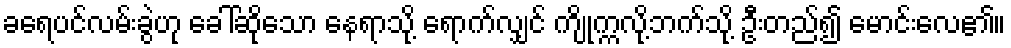
ခရေပင်လမ်းခွဲဟု ခေါ်ဆိုသော နေရာသို့ ရောက်လျှင် ကျိုက္ကလို့ဘက်သို့ ဦးတည်၍ မောင်းလေ၏။